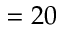
= 2 0